DOW-UAP-D48, Department of the Air Force Report, 1996
Agency: Department of War
Incident date: 9/10/96
Page 83
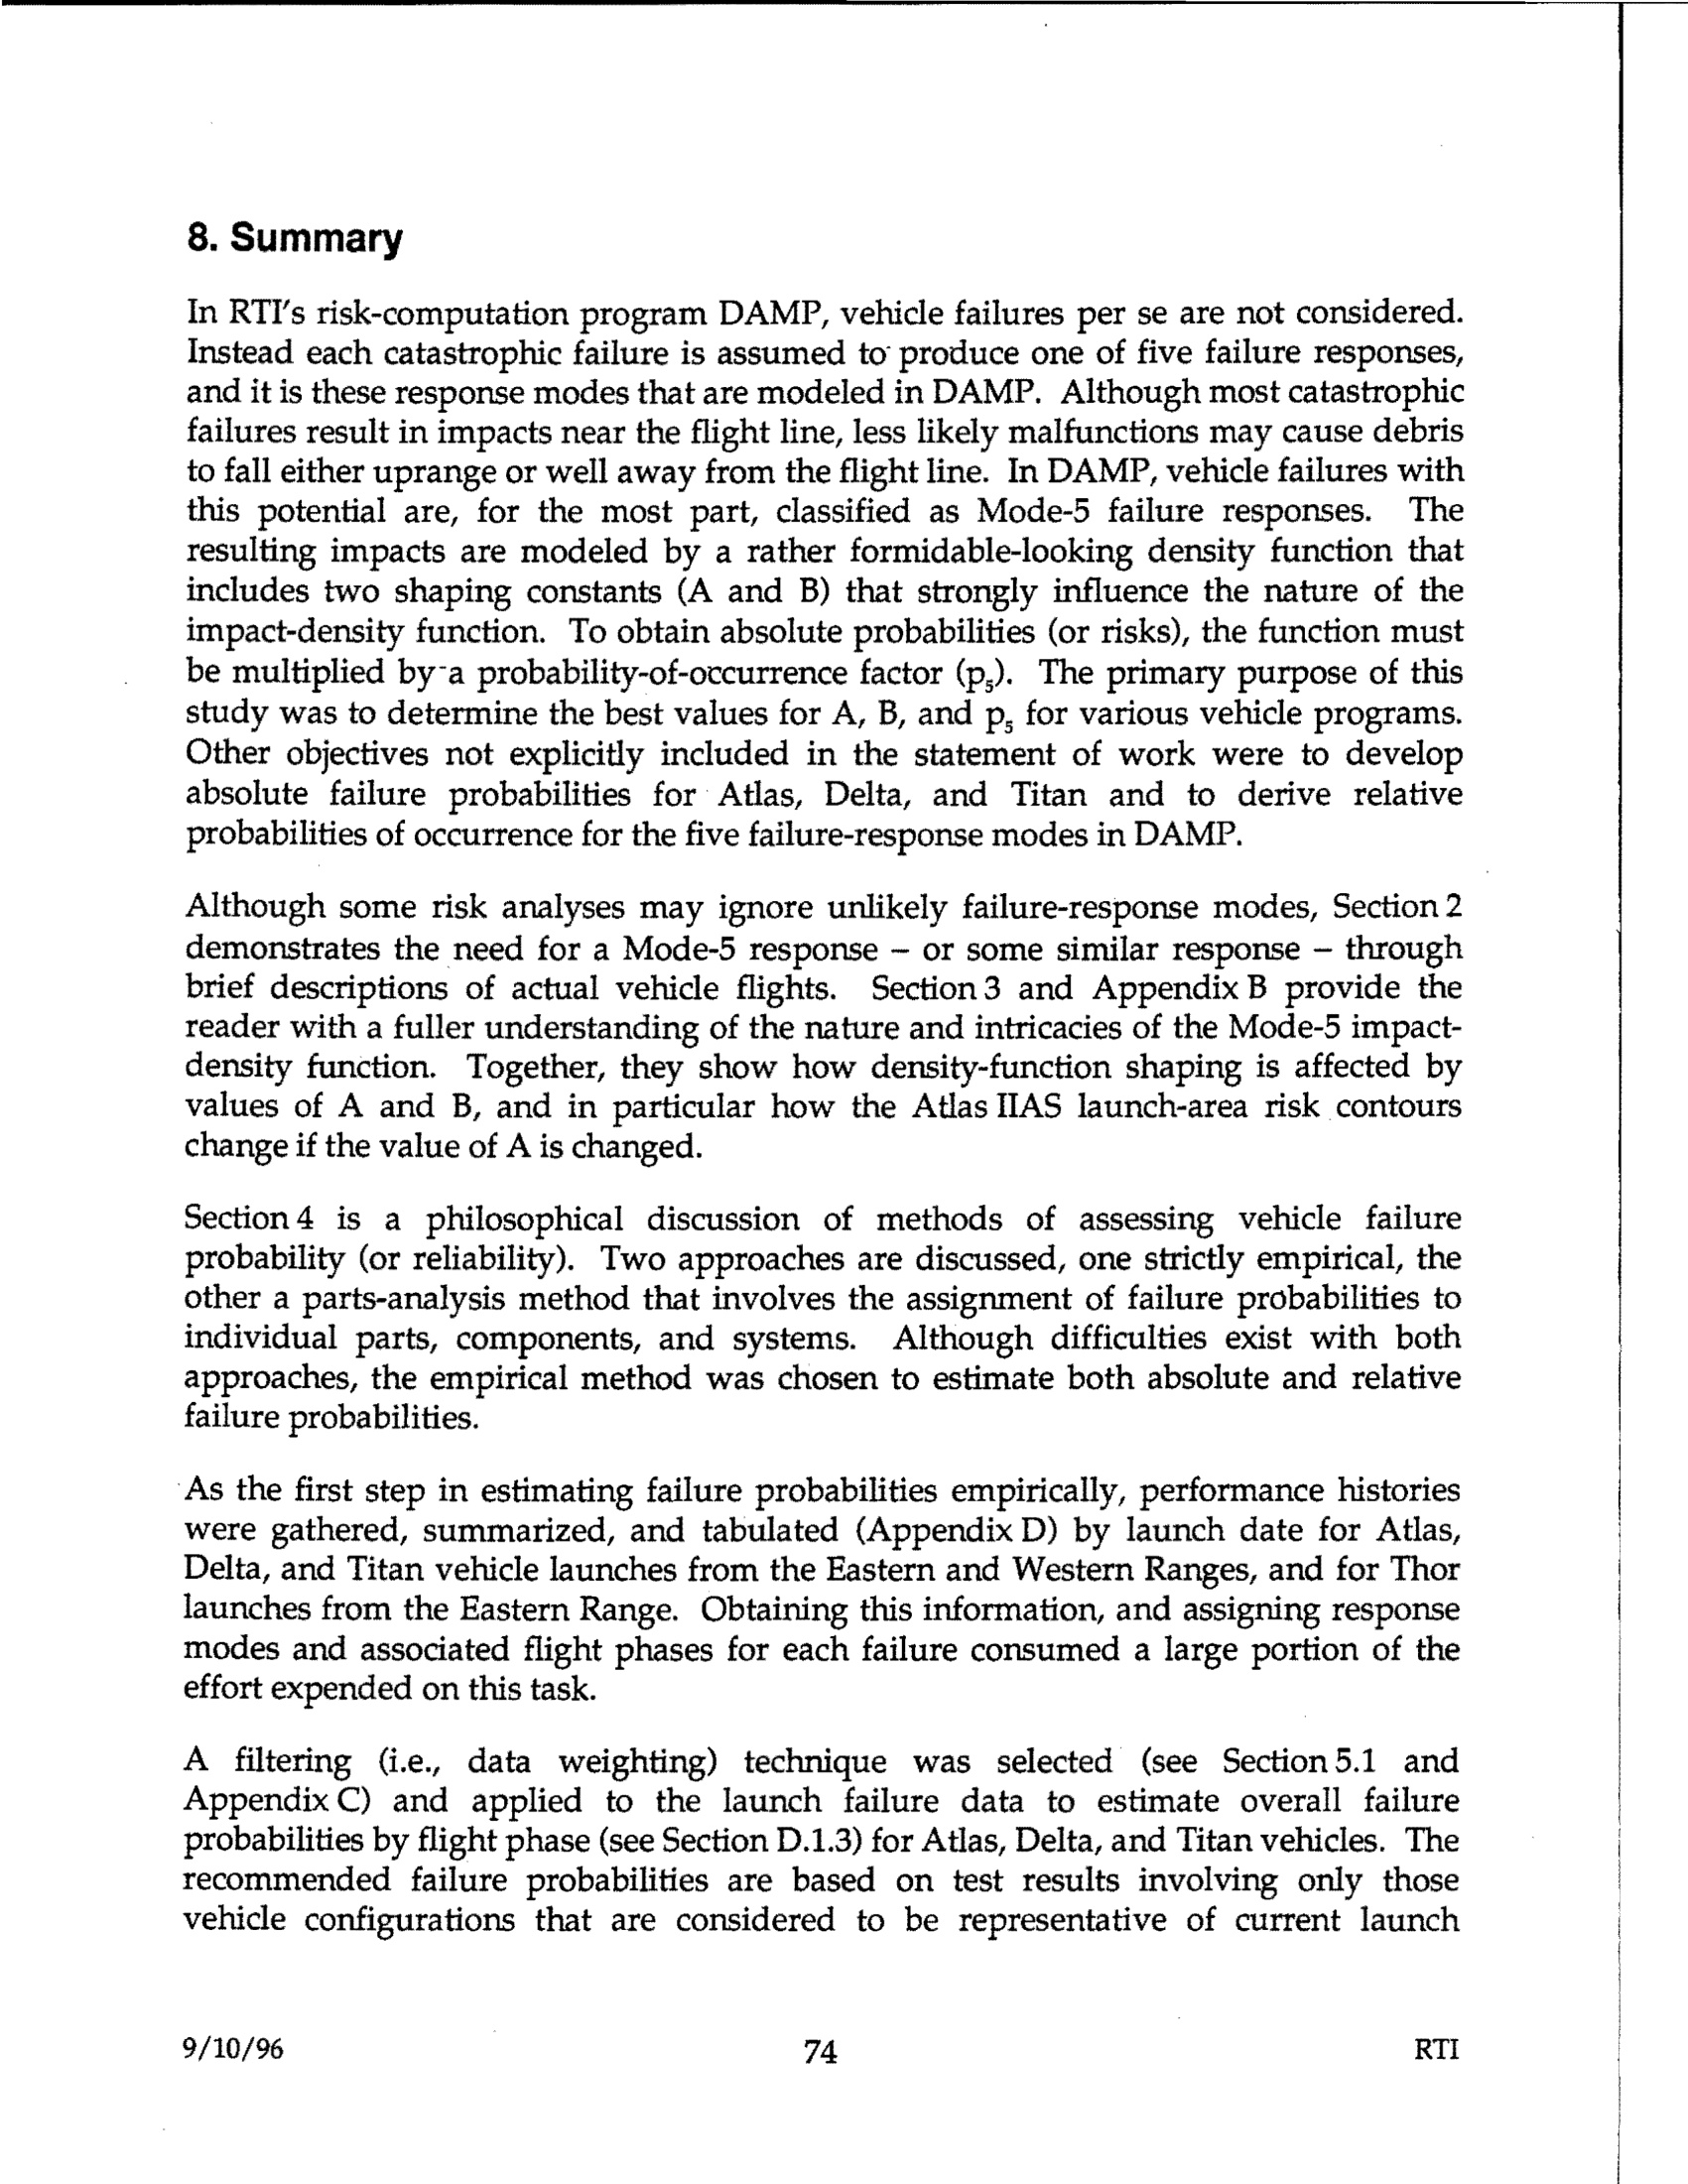